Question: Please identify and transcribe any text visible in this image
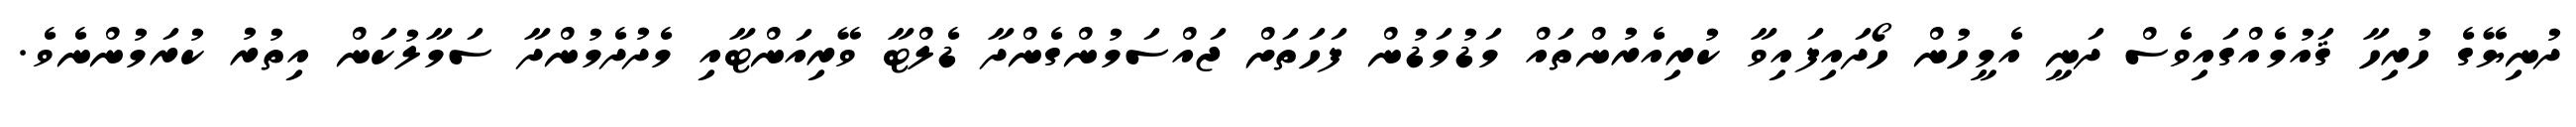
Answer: ދުނިޔޭގެ ހުރިހާ ޤައުމެއްގައިވެސް ދަނީ އެމީހުން ހޯދައިފައިވާ ކުރިއެރުންތައް މަޑުމަޑުން ފަހަތަށް ޖައްސަމުންގެންދާ ޑެލްޓާ ވޭރިއަންޓާއި މެދުދެމުންދާ ސަމާލުކަން އިތުރު ކުރަމުންނެވެ.